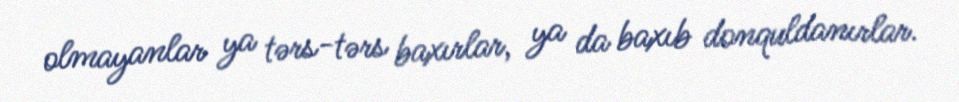
olmayanlar ya tərs-tərs baxırlar, ya da baxıb donquldanırlar.